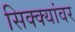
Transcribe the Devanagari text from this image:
सिक्क्यांवर